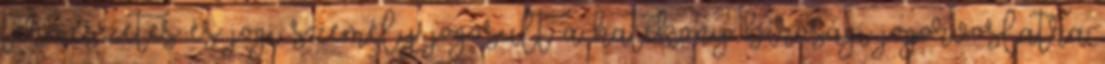
természetes és jogi személy jogosult a hatékony bírósági jogorvoslatra